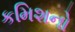
કમિશનો